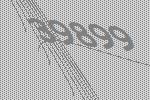
39899